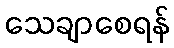
သေချာစေရန်